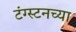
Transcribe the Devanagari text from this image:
टंग्स्टनच्या